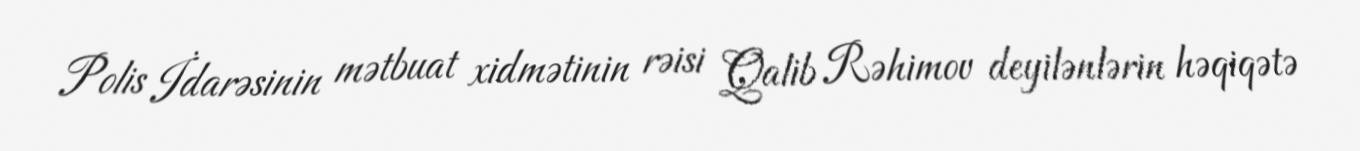
Polis İdarəsinin mətbuat xidmətinin rəisi Qalib Rəhimov deyilənlərin həqiqətə